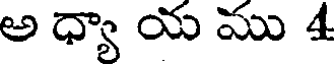
అ ధ్యా య ము 4